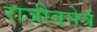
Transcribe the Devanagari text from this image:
राजीवनेत्रं